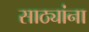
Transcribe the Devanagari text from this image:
साठ्यांना